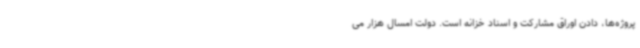
پروژه‌ها، دادن اوراق مشارکت و اسناد خزانه است. دولت امسال هزار می